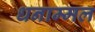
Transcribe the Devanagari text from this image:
धनाम्मल